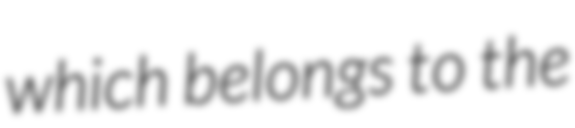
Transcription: which belongs to the